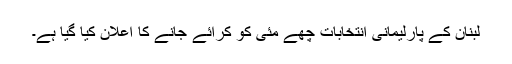
لبنان کے پارلیمانی انتخابات چھے مئی کو کرائے جانے کا اعلان کیا گیا ہے۔